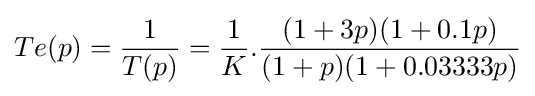
Te(p)={\frac {1}{T(p)}}={\frac {1}{K}}.{\frac {(1+3p)(1+0.1p)}{(1+p)(1+0.03333p)}}